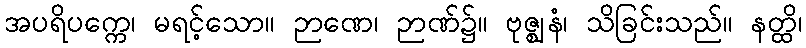
အပရိပက္ကေ၊ မရင့်သော။ ဉာဏေ၊ ဉာဏ်၌။ ဗုဇ္ဈနံ၊ သိခြင်းသည်။ နတ္ထိ၊